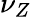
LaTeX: \nu_{Z}